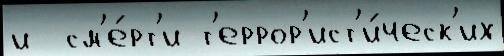
и  см'е́рт'и т'еррор'ист'и́ческ'их